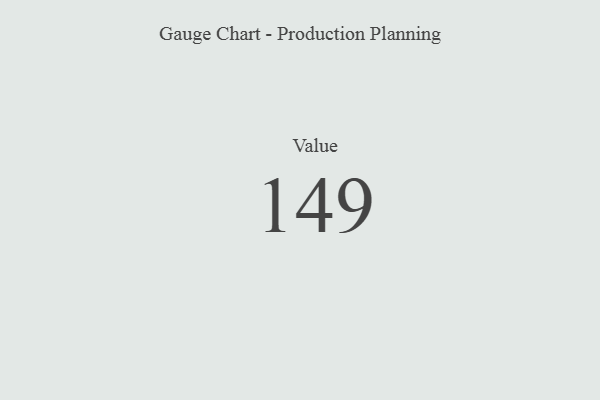
{"axis": {"x": "Metric", "y": "Value"}, "legend": [""], "data": [{"x": "Value", "y": 149, "type": ""}]}